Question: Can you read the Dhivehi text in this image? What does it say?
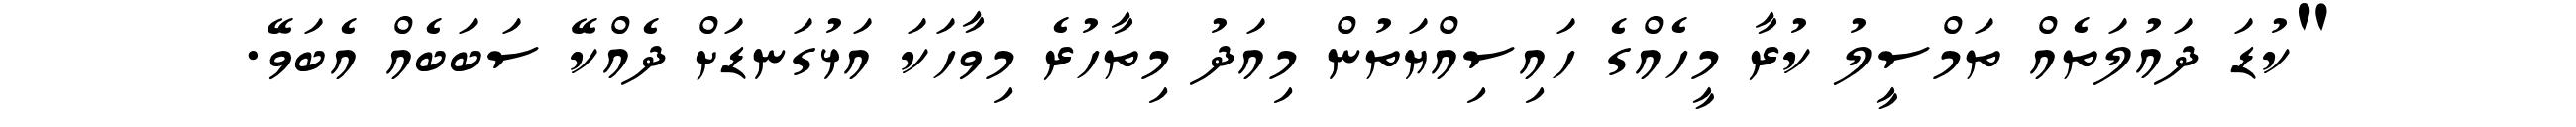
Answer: "ކުޑަ ދައުލަތެއް ތަމްސީލު ކުރާ މީހެއްގެ ހައިސިއްޔަތުން މިއަދު މިތާހުރެ މިވާހަކަ އަޅުގަނޑަށް ދެއްކޭ ސަބަބެއް އެބަވޭ.